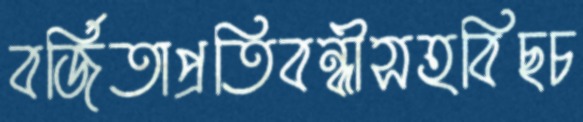
বর্জিতাপ্রতিবন্ধীসহবিছচ